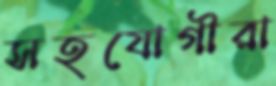
সহযোগীরা